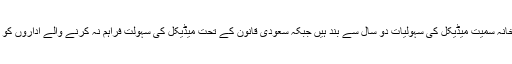
پی آئی اے جدہ آفس میں 25 ملازمین کنٹریکٹ پر کام کر رہے ہیں ان کی اہلخانہ سمیت میڈیکل کی سہولیات دو سال سے بند ہیں جبکہ سعودی قانون کے تحت میڈیکل کی سہولت فراہم نہ کرنے والے اداروں کو ایک لاکھ ریال جرمانہ اور کمپنی کو چھ ماہ کیلئے بند بھی کیا جا سکتا ہے ۔